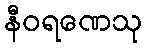
နီဝရဏေသု